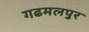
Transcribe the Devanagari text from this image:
गढमलपुर